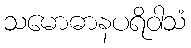
သမောဓာနပရိဝါသံ